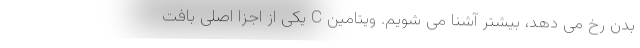
بدن رخ می دهد، بیشتر آشنا می شویم. ویتامین C یکی از اجزا اصلی بافت